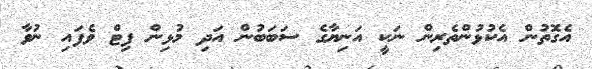
އެގޮތުން އެކުޅުންތެރިން ނަކީ އަނިޔާގެ ސަބަބުން އަދި މުޅިން ފިޓް ވެފައި ނުވާ